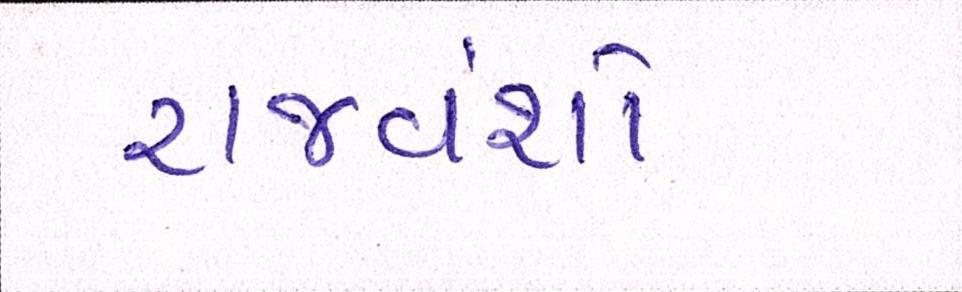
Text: રાજવંશો